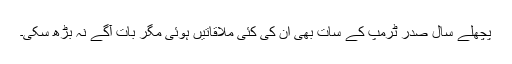
پچھلے سال صدر ٹرمپ کے سات بھی ان کی کئی ملاقاتیں ہوئی مگر بات آگے نہ بڑھ سکی۔